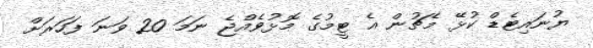
ޔުނައިޓެޑް ކުޅޭ މެޗުން އެ ޓީމުގެ މޮޅުވެއްޖެ ނަމަ 20 ވަނަ ފަހަރަށް